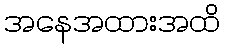
အနေအထားအထိ